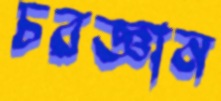
চরজ্ঞান